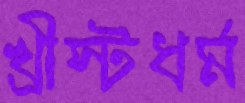
খ্রীস্টধর্ম